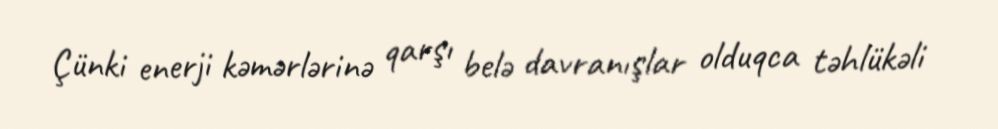
Çünki enerji kəmərlərinə qarşı belə davranışlar olduqca təhlükəli